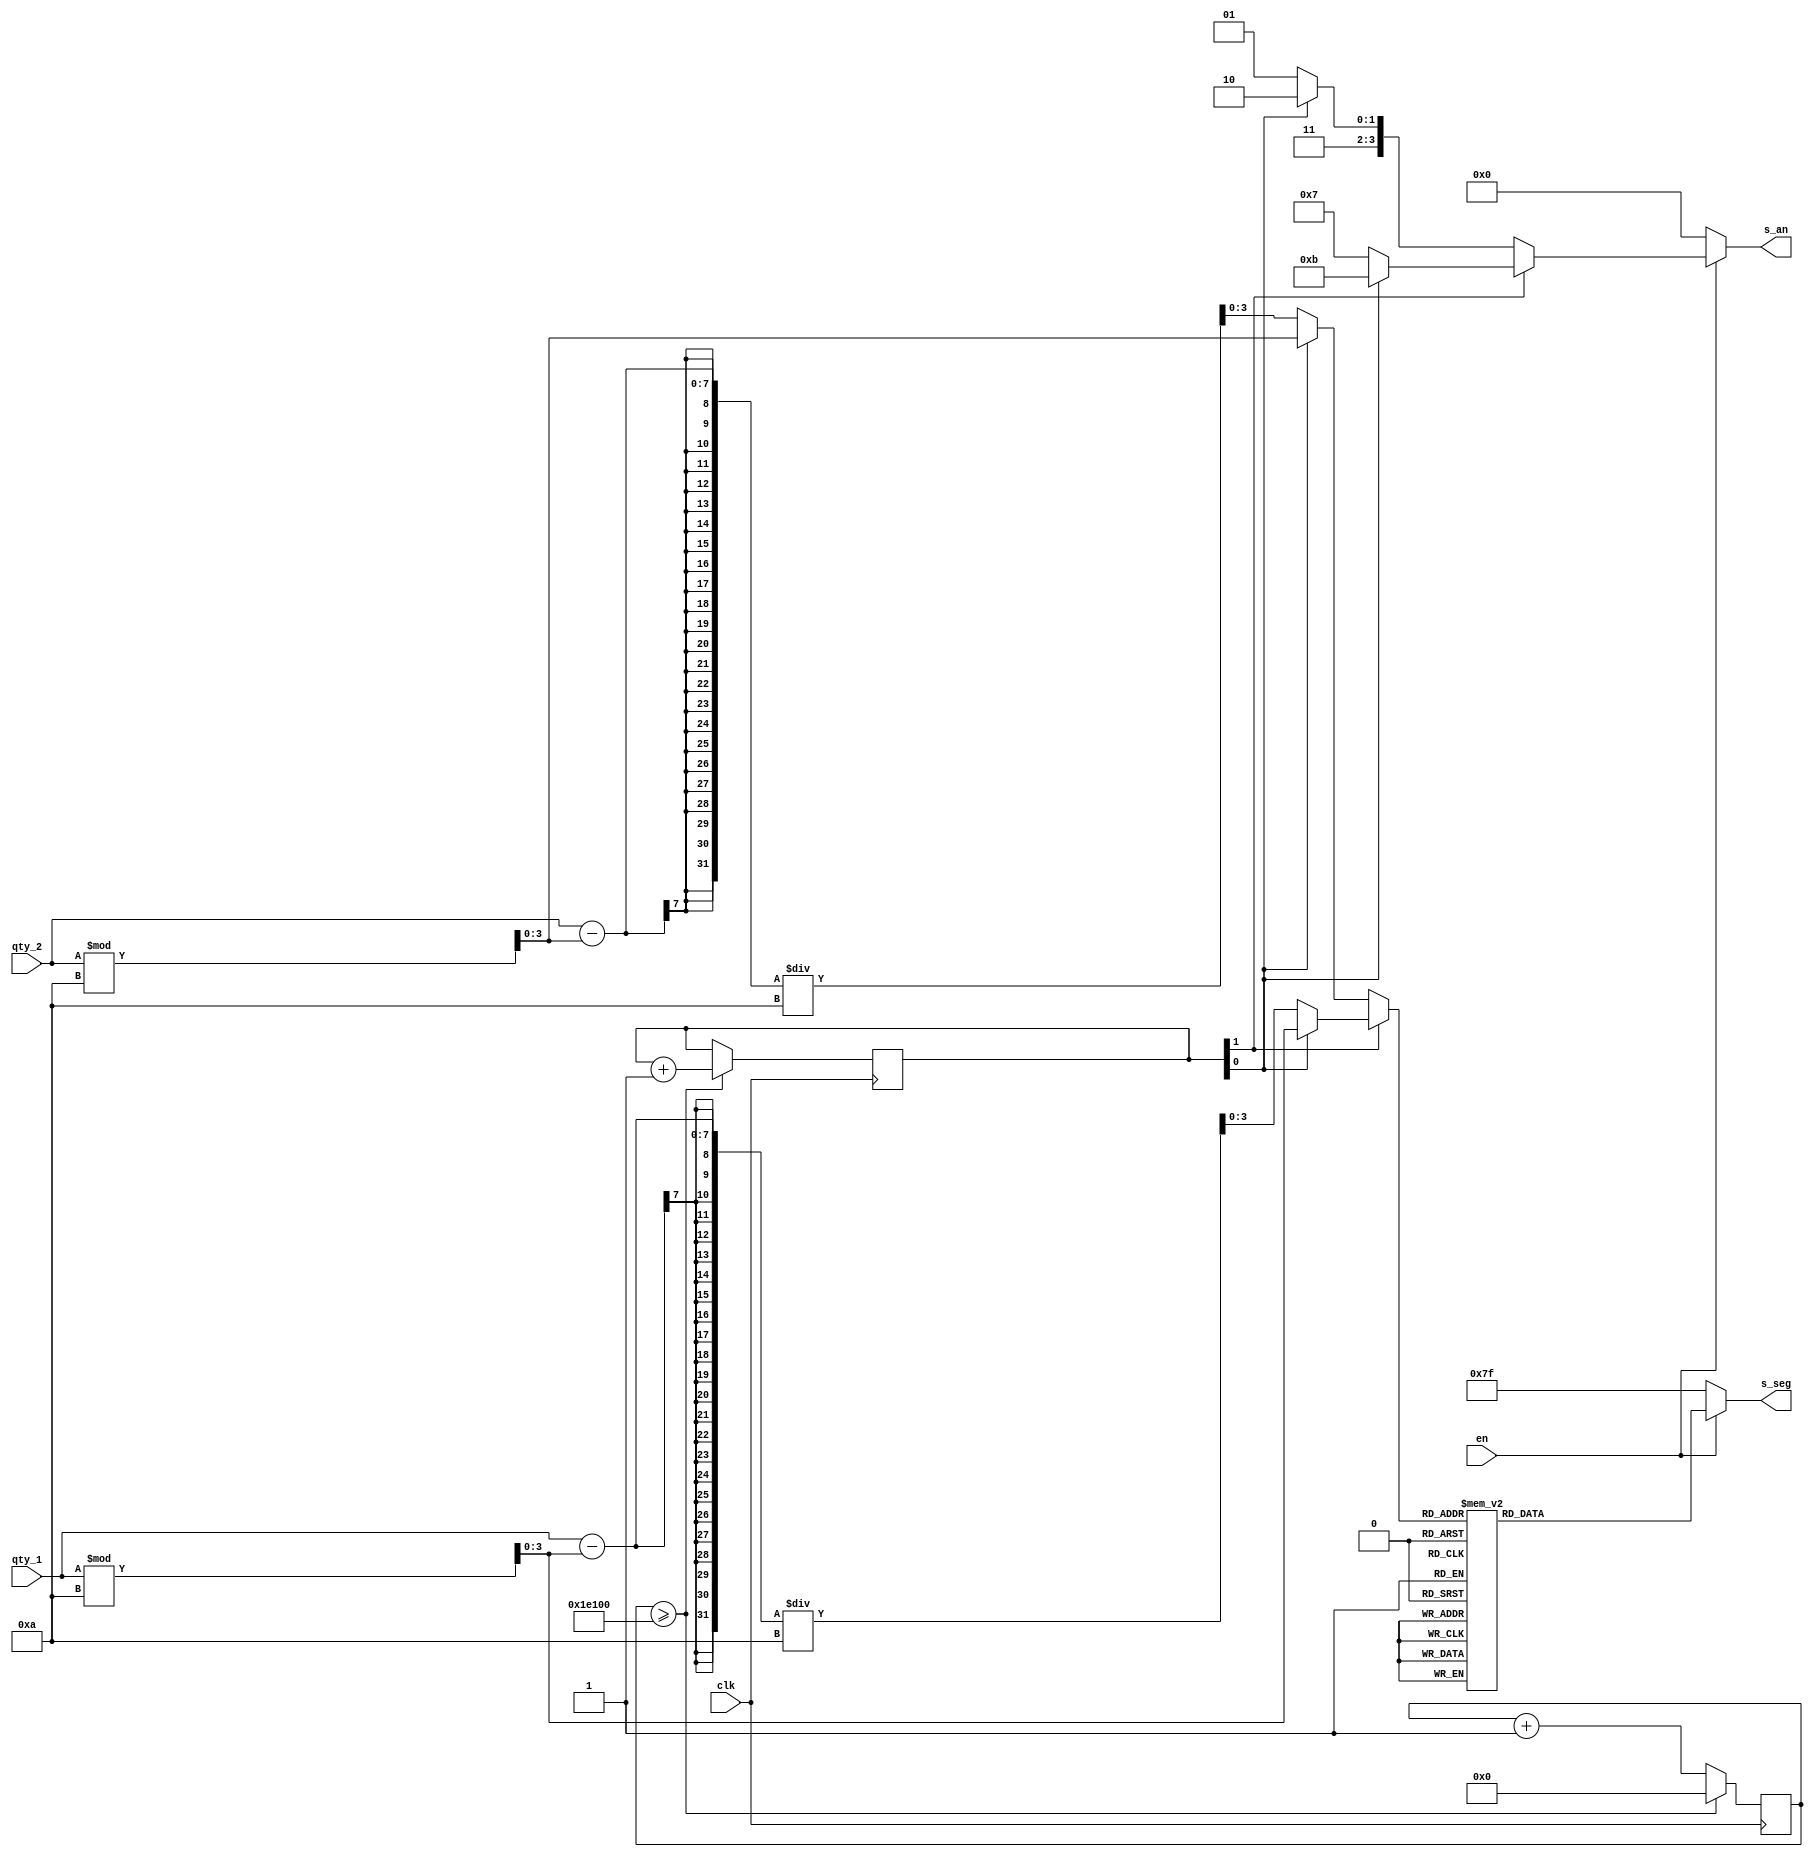
`timescale 1ns / 1ps
/*
qty_1 y qty_2 dos son variables de 7 bits. 
El nmero decimal de cada variable ser mostrado en los displays de siete segmentos. 
Se debe tomar en cuenta la presencia de un ambulancia en la calle vertical.
*/
module seven_seg_mgmt_test(
    input clk,
    input en,               // enable
    input [6:0] qty_1,      // quantity 1
    input [6:0] qty_2,      // quantity 2
    output [3:0] s_an,      // selector segments
    output [6:0] s_seg      // segments
    );

    reg [1:0] display;
    wire [16:0] clock_divide_max = 17'b11110000100000000;
    reg [16:0] clock_divide_counter;
    wire [3:0] number;
    wire [6:0] segmentos [15:0];
    wire [3:0] dec1;
    wire [3:0] dec2;
    wire [3:0] uni1;
    wire [3:0] uni2;


    assign uni1 = (qty_1)%10;
    assign uni2 = qty_2%10;
    assign dec1 = (qty_1 - uni1)/10;
    assign dec2 = (qty_2 - uni2)/10;
    assign s_an = en ? (display[1] ? (display[0] ? 4'b1011 : 4'b0111) : (display[0] ? 4'b1110 : 4'b1101)) : 4'b0000;
    assign number = display[1] ? (display[0] ? uni1 : dec1) : (display[0] ? uni2 : dec2);
    
    assign {segmentos[0],
            segmentos[1],
            segmentos[2],
            segmentos[3],
            segmentos[4],
            segmentos[5],
            segmentos[6],
            segmentos[7],
            segmentos[8],
            segmentos[9],
            segmentos[10],
            segmentos[11],
            segmentos[12],
            segmentos[13],
            segmentos[14],
            segmentos[15]} = {7'b1000000,
                              7'b1111001,
                              7'b0100100,
                              7'b0110000,
                              7'b0011001,
                              7'b0010010,
                              7'b0000010,
                              7'b1111000,
                              7'b0000000,
                              7'b0010000,
                              7'b0001000,
                              7'b0000011,
                              7'b1000110,
                              7'b0100001,
                              7'b0000110,
                              7'b0001110};
        
    assign s_seg = en ? segmentos[number] : 7'b1111111;

    always @ (posedge clk)
    begin
        if (clock_divide_counter >= clock_divide_max)
            begin
            clock_divide_counter = 17'b00000000000000000;
            display = display + 1;
            end
        else
            clock_divide_counter = clock_divide_counter + 1;
    end

endmodule